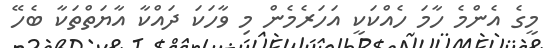
މީގެ އެންމެ ހާމަ ހެއްކަކީ އަހަރެމެން މި ވާހަކަ ދައްކާ އާޔަތްތަކާ ބެހޭ